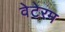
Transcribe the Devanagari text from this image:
वेटेरम